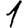
Digit: 1